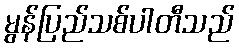
မွန်ပြည်သစ်ပါတီသည်